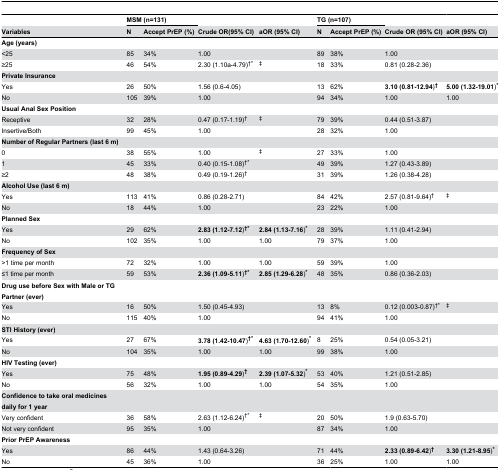
<table><thead><tr><td></td><td colspan="2"><b>MSM (n=131)</b></td><td></td><td></td><td colspan="2"><b>TG (n=107)</b></td><td></td><td></td></tr><tr><td><b>Variables</b></td><td><b>N</b></td><td><b>Accept PrEP (%)</b></td><td><b>Crude OR(95% CI)</b></td><td><b>aOR (95% CI)</b></td><td><b>N</b></td><td><b>Accept PrEP (%)</b></td><td><b>Crude OR (95% CI)</b></td><td><b>aOR (95% CI)</b></td></tr></thead><tbody><tr><td><b>Age (years)</b></td><td></td><td></td><td></td><td></td><td></td><td></td><td></td><td></td></tr><tr><td>&lt;25</td><td>85</td><td>34%</td><td>1.00</td><td></td><td>89</td><td>38%</td><td>1.00</td><td></td></tr><tr><td>≥25</td><td>46</td><td>54%</td><td>2.30 (1.10a-4.79)†*</td><td>‡</td><td>18</td><td>33%</td><td>0.81 (0.28-2.36)</td><td></td></tr><tr><td><b>Private Insurance</b></td><td></td><td></td><td></td><td></td><td></td><td></td><td></td><td></td></tr><tr><td>Yes</td><td>26</td><td>50%</td><td>1.56 (0.6-4.05)</td><td></td><td>13</td><td>62%</td><td><b>3.10 (0.81-12.94</b>)<b>†</b></td><td><b>5.00 (1.32-19.01</b>)<b>*</b></td></tr><tr><td>No</td><td>105</td><td>39%</td><td>1.00</td><td></td><td>94</td><td>34%</td><td>1.00</td><td>1.00</td></tr><tr><td><b>Usual Anal Sex Position</b></td><td></td><td></td><td></td><td></td><td></td><td></td><td></td><td></td></tr><tr><td>Receptive</td><td>32</td><td>28%</td><td>0.47 (0.17-1.19)†</td><td>‡</td><td>79</td><td>39%</td><td>0.44 (0.51-3.87)</td><td></td></tr><tr><td>Insertive/Both</td><td>99</td><td>45%</td><td>1.00</td><td></td><td>28</td><td>32%</td><td>1.00</td><td></td></tr><tr><td><b>Number of Regular Partners (last 6 m)</b></td><td></td><td></td><td></td><td></td><td></td><td></td><td></td><td></td></tr><tr><td>0</td><td>38</td><td>55%</td><td>1.00</td><td>‡</td><td>27</td><td>33%</td><td>1.00</td><td></td></tr><tr><td>1</td><td>45</td><td>33%</td><td>0.40 (0.15-1.08)†*</td><td></td><td>49</td><td>39%</td><td>1.27 (0.43-3.89)</td><td></td></tr><tr><td>≥2</td><td>48</td><td>38%</td><td>0.49 (0.19-1.26)†</td><td></td><td>31</td><td>39%</td><td>1.26 (0.38-4.28)</td><td></td></tr><tr><td><b>Alcohol Use (last 6 m)</b></td><td></td><td></td><td></td><td></td><td></td><td></td><td></td><td></td></tr><tr><td>Yes</td><td>113</td><td>41%</td><td>0.86 (0.28-2.71)</td><td></td><td>84</td><td>42%</td><td>2.57 (0.81-9.64)†</td><td>‡</td></tr><tr><td>No</td><td>18</td><td>44%</td><td>1.00</td><td></td><td>23</td><td>22%</td><td>1.00</td><td></td></tr><tr><td><b>Planned Sex</b></td><td></td><td></td><td></td><td></td><td></td><td></td><td></td><td></td></tr><tr><td>Yes</td><td>29</td><td>62%</td><td><b>2.83 (1.12-7.12</b>)<b>†*</b></td><td><b>2.84 (1.13-7.16</b>)<b>*</b></td><td>28</td><td>39%</td><td>1.11 (0.41-2.94)</td><td></td></tr><tr><td>No</td><td>102</td><td>35%</td><td>1.00</td><td>1.00</td><td>79</td><td>37%</td><td>1.00</td><td></td></tr><tr><td><b>Frequency of Sex</b></td><td></td><td></td><td></td><td></td><td></td><td></td><td></td><td></td></tr><tr><td>&gt;1 time per month</td><td>72</td><td>32%</td><td>1.00</td><td>1.00</td><td>59</td><td>39%</td><td>1.00</td><td></td></tr><tr><td>≤1 time per month</td><td>59</td><td>53%</td><td><b>2.36 (1.09-5.11</b>)<b>†*</b></td><td><b>2.85 (1.29-6.28</b>)<b>*</b></td><td>48</td><td>35%</td><td>0.86 (0.36-2.03)</td><td></td></tr><tr><td><b>Drug use before Sex with Male or TG Partner (ever)</b></td><td></td><td></td><td></td><td></td><td></td><td></td><td></td><td></td></tr><tr><td>Yes</td><td>16</td><td>50%</td><td>1.50 (0.45-4.93)</td><td></td><td>13</td><td>8%</td><td>0.12 (0.003-0.87)†*</td><td>‡</td></tr><tr><td>No</td><td>115</td><td>40%</td><td>1.00</td><td></td><td>94</td><td>41%</td><td>1.00</td><td></td></tr><tr><td><b>STI History (ever)</b></td><td></td><td></td><td></td><td></td><td></td><td></td><td></td><td></td></tr><tr><td>Yes</td><td>27</td><td>67%</td><td><b>3.78 (1.42-10.47</b>)<b>†*</b></td><td><b>4.63 (1.70-12.60</b>)<b>*</b></td><td>8</td><td>25%</td><td>0.54 (0.05-3.21)</td><td></td></tr><tr><td>No</td><td>104</td><td>35%</td><td>1.00</td><td>1.00</td><td>99</td><td>38%</td><td>1.00</td><td></td></tr><tr><td><b>HIV Testing (ever)</b></td><td></td><td></td><td></td><td></td><td></td><td></td><td></td><td></td></tr><tr><td>Yes</td><td>75</td><td>48%</td><td><b>1.95 (0.89-4.29</b>)<b>†</b></td><td><b>2.39 (1.07-5.32</b>)<b>*</b></td><td>53</td><td>40%</td><td>1.21 (0.51-2.85)</td><td></td></tr><tr><td>No</td><td>56</td><td>32%</td><td>1.00</td><td>1.00</td><td>54</td><td>35%</td><td>1.00</td><td></td></tr><tr><td><b>Confidence to take oral medicines daily for 1 year</b></td><td></td><td></td><td></td><td></td><td></td><td></td><td></td><td></td></tr><tr><td>Very confident</td><td>36</td><td>58%</td><td>2.63 (1.12-6.24)†*</td><td>‡</td><td>20</td><td>50%</td><td>1.9 (0.63-5.70)</td><td></td></tr><tr><td>Not very confident</td><td>95</td><td>35%</td><td>1.00</td><td></td><td>87</td><td>34%</td><td>1.00</td><td></td></tr><tr><td><b>Prior PrEP Awareness</b></td><td></td><td></td><td></td><td></td><td></td><td></td><td></td><td></td></tr><tr><td>Yes</td><td>86</td><td>44%</td><td>1.43 (0.64-3.26)</td><td></td><td>71</td><td>44%</td><td><b>2.33 (0.89-6.42</b>)<b>†</b></td><td><b>3.30 (1.21-8.95</b>)<b>*</b></td></tr><tr><td>No</td><td>45</td><td>36%</td><td>1.00</td><td></td><td>36</td><td>25%</td><td>1.00</td><td>1.00</td></tr></tbody></table>